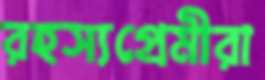
রহস্যপ্রেমীরা